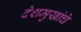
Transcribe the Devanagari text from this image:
देशमुखांचे